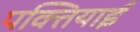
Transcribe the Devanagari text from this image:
पक्तियाई